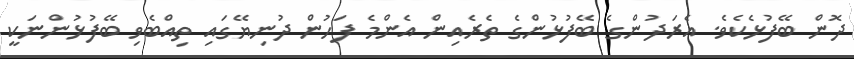
ދޮން ބޭފުޅެކެވެ. އެރަދުންގެ ބޭފުޅުންގެ ތެރެއިން އެންމެ ފަހުން ދުނިޔޭގައި ތިއްބެވި ބޭފުޅުންނަކީ